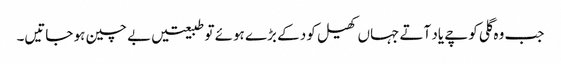
جب وہ گلی کوچے یاد آتے جہاں کھیل کود کے بڑے ہوئے تو طبیعتیں بے چین ہو جاتیں۔